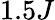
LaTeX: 1.5J